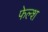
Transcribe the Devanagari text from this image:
फेल्श